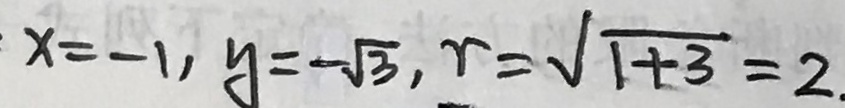
x = - 1 , y = - \sqrt { 3 } , r = \sqrt { 1 + 3 } = 2 .